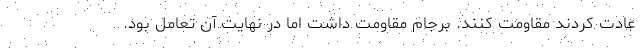
عادت كردند مقاومت كنند. برجام مقاومت داشت اما در نهايت آن تعامل بود.